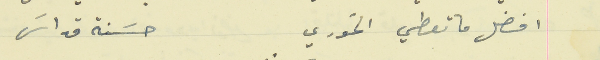
افضل ما تعطي الخوري                                       حسَنة قداسَ